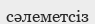
сәлеметсіз